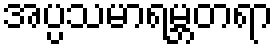
အပ္ပသမာရမ္ဘတရာ